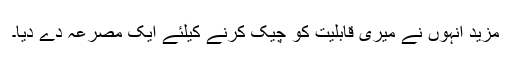
مزید انہوں نے میری قابلیت کو چیک کرنے کیلئے ایک مصرعہ دے دِیا۔